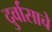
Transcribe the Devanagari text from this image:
दुर्वासाचे